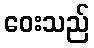
ဝေးသည်